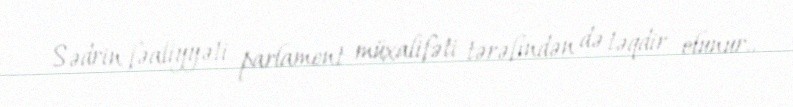
Sədrin fəaliyyəti parlament müxalifəti tərəfindən də təqdir olunur..